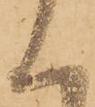
く